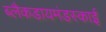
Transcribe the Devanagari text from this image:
ब्लैकडायमंडस्काई